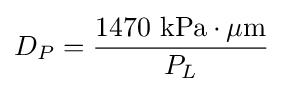
D_{P}={\frac {1470\ {\text{kPa}}\cdot \mu {\text{m}}}{P_{L}}}